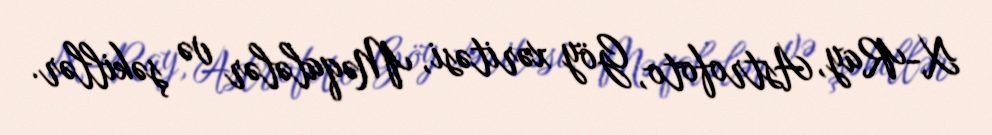
X-Ray, Astrofoto, Göy xəritəsi, Məqalələr və şəkillər.